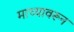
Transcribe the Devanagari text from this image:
माच्यावरून